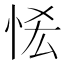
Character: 恡